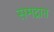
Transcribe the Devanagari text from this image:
समद्रात